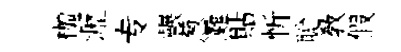
枷瀝专輾葱灘貼忻聪教假